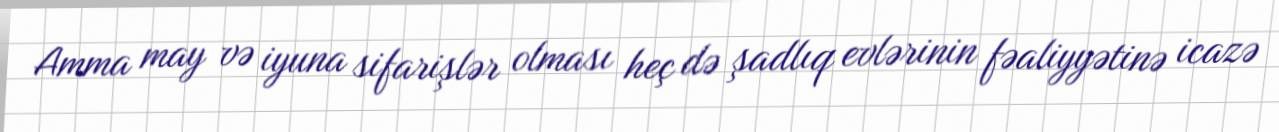
Amma may və iyuna sifarişlər olması heç də şadlıq evlərinin fəaliyyətinə icazə